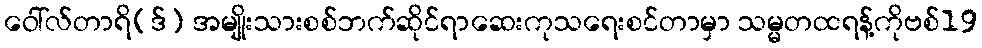
ဝေါ်လ်တာရိ(ဒ်) အမျိုးသားစစ်ဘက်ဆိုင်ရာဆေးကုသရေးစင်တာမှာ သမ္မတထရန့်ကိုဗစ်19